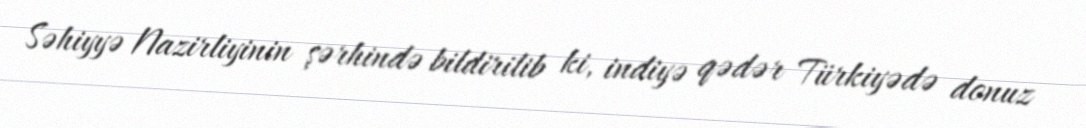
Səhiyyə Nazirliyinin şərhində bildirilib ki, indiyə qədər Türkiyədə donuz